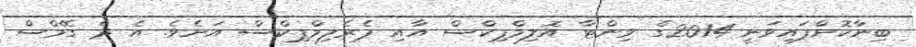
ބިނާކޮށްފައިވަނީ 2014ގެ ވިންޓާ އޮލިމްޕިކްސް އާއި ޕެރެލިމްޕިކްސް އަށެވެ. އެ ދެ ގޭމްސް